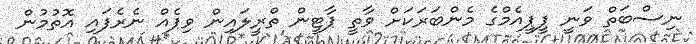
ނިސްބަތް ވަނީ ޕީޕީއެމްގެ މެންބަރަކަށް ވާތީ ޕާޓީން ތްރީލައިން ވިޕެއް ނެރެފައި އޮތުމުން